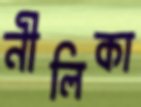
নীলিকা